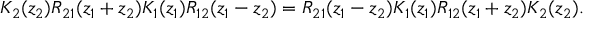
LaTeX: K _ { 2 } ( z _ { 2 } ) R _ { 2 1 } ( z _ { 1 } + z _ { 2 } ) K _ { 1 } ( z _ { 1 } ) R _ { 1 2 } ( z _ { 1 } - z _ { 2 } ) = R _ { 2 1 } ( z _ { 1 } - z _ { 2 } ) K _ { 1 } ( z _ { 1 } ) R _ { 1 2 } ( z _ { 1 } + z _ { 2 } ) K _ { 2 } ( z _ { 2 } ) .